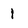
Character: 1